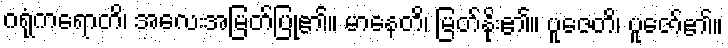
ဂရုံကရောတိ၊ အလေးအမြတ်ပြု၏။ မာနေတိ၊ မြတ်နိုး၏။ ပူဇေတိ၊ ပူဇော်၏။